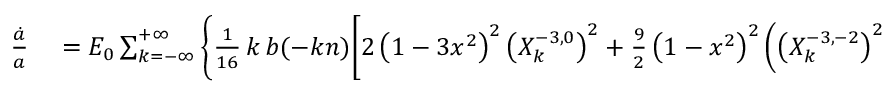
\begin{array} { r l } { \frac { \dot { a } } { a } } & { { } = { \cal E } _ { 0 } \sum _ { k = - \infty } ^ { + \infty } \Bigg \{ \frac { 1 } { 1 6 } \, k \, b ( - k n ) \bigg [ 2 \left( 1 - 3 x ^ { 2 } \right) ^ { 2 } \left( X _ { k } ^ { - 3 , 0 } \right) ^ { 2 } + \frac 9 2 \left( 1 - x ^ { 2 } \right) ^ { 2 } \left( \left( X _ { k } ^ { - 3 , - 2 } \right) ^ { 2 } + \left( X _ { k } ^ { - 3 , 2 } \right) ^ { 2 } \right) } \end{array}